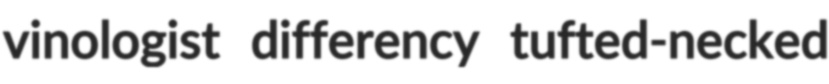
vinologist differency tufted-necked